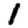
Digit: 1